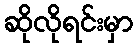
ဆိုလိုရင်းမှာ